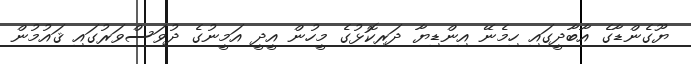
ޔޫގެންޑާގެ އާބާދީގައި ހިމެނޭ އިންޑިޔާ ދަރިކޮޅުގެ މީހުން އީދީ އަމީނުގެ ދުވަސްވަރުގައި ޤައުމުން